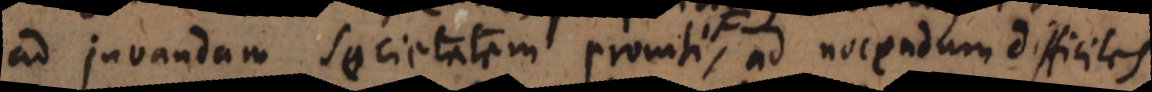
ad juvandam societatem promti, ad nocendum difficiles